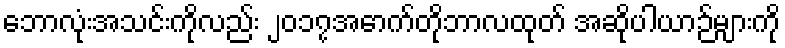
ဘောလုံးအသင်းကိုလည်း ၂၀၁၇အောက်တိုဘာလထုတ် အဆိုပါယာဉ်များကို